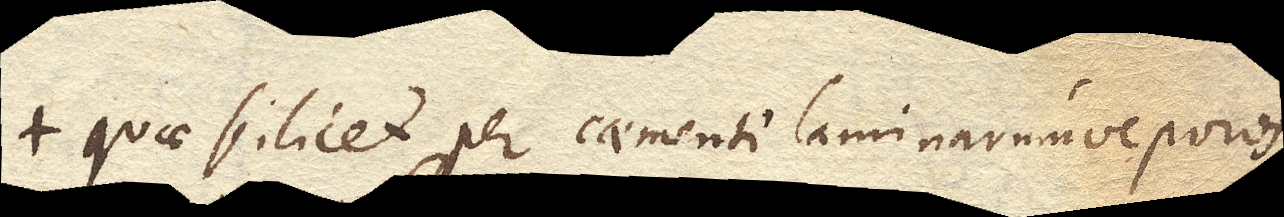
Quae scilicet per caementi laminarumve poros